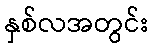
နှစ်လအတွင်း